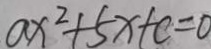
a x ^ { 2 } + 5 x + c = 0